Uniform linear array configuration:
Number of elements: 16
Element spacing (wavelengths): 0.75
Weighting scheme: uniform
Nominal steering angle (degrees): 45
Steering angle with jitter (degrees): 43.009
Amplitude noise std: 0.05
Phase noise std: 0.05

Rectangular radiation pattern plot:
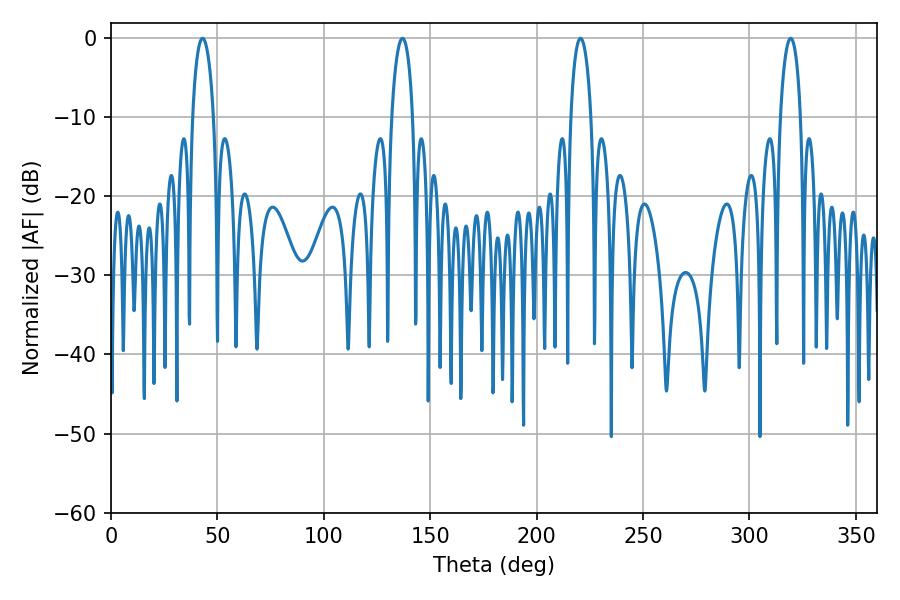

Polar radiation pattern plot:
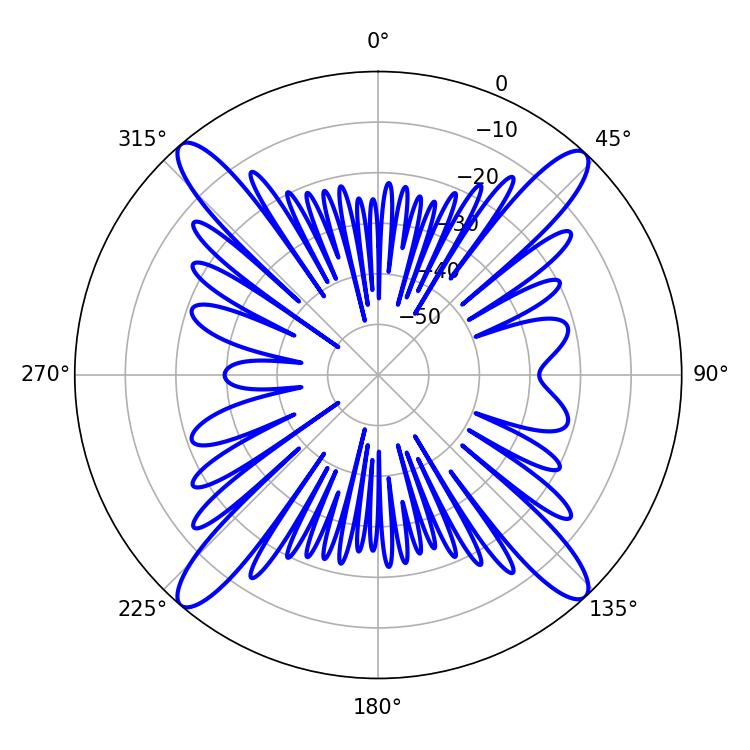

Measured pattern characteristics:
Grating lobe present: TRUE
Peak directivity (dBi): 21.953
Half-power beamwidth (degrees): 5.58
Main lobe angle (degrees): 43.02